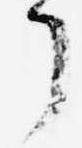
了